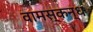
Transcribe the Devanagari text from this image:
वामस्कन्ध